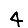
Digit: 4